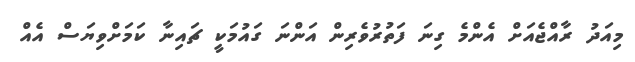
މިއަދު ރާއްޖެއަށް އެންމެ ގިނަ ފަތުރުވެރިން އަންނަ ގައުމަކީ ޗައިނާ ކަމަށްވިޔަސް އެއް